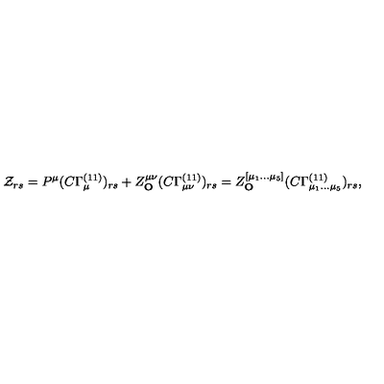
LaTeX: { \cal { Z } } _ { r s } = P ^ { \mu } ( C \Gamma _ { \mu } ^ { ( 1 1 ) } ) _ { r s } + Z _ { \bf { O } } ^ { \mu \nu } ( C \Gamma _ { \mu \nu } ^ { ( 1 1 ) } ) _ { r s } = Z _ { \bf { O } } ^ { [ \mu _ { 1 } \ldots \mu _ { 5 } ] } ( C \Gamma _ { \mu _ { 1 } \ldots \mu _ { 5 } } ^ { ( 1 1 ) } ) _ { r s } ,